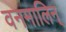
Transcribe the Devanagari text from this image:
वनमालिन्